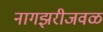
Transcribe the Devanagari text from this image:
नागझरीजवळ